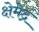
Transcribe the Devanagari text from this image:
क्षेमेद्र